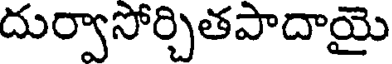
దుర్వాసోర్చితపాదాయై